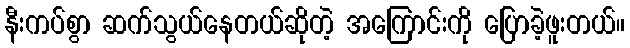
နီးကပ်စွာ ဆက်သွယ်နေတယ်ဆိုတဲ့ အကြောင်းကို ပြောခဲ့ဖူးတယ်။